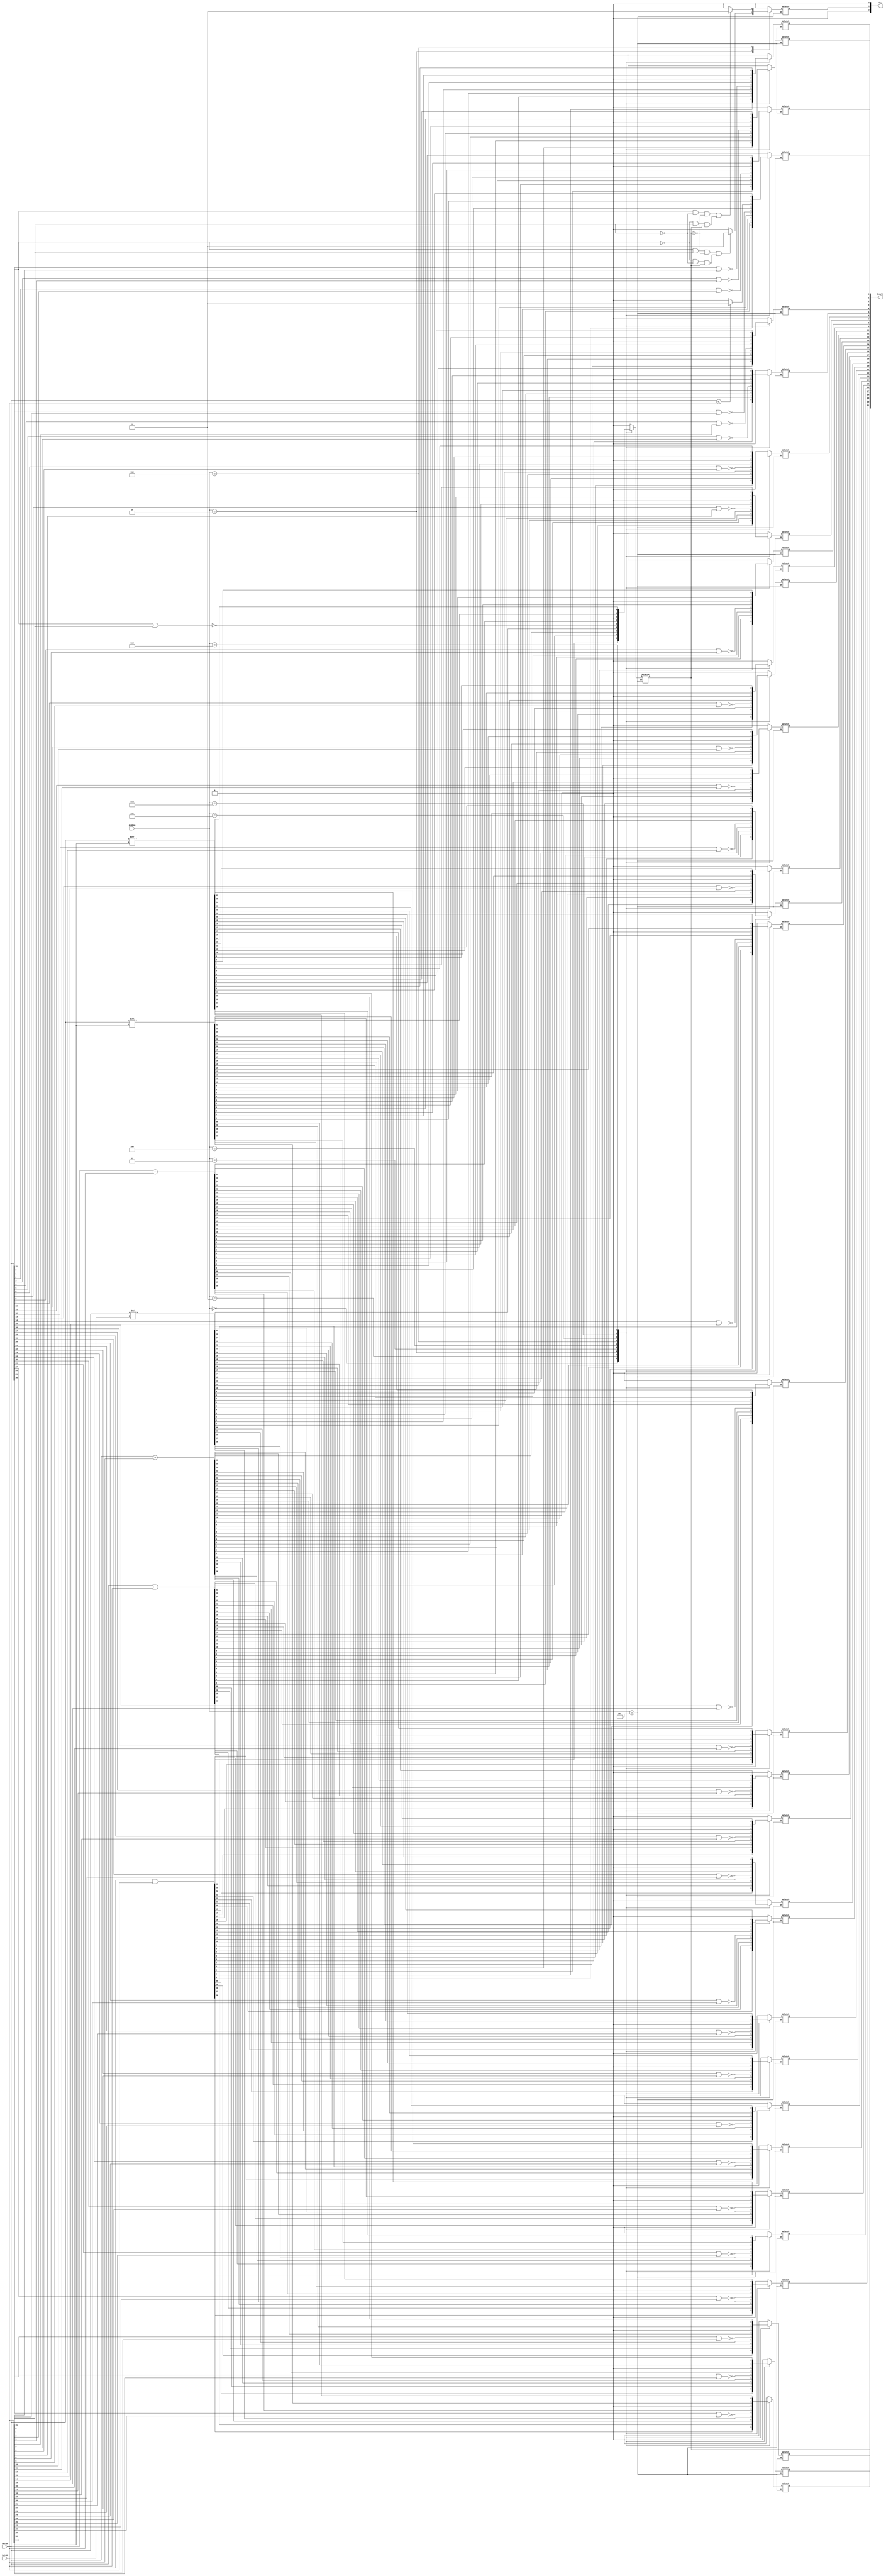
module ALU(ALUCon,DataA,DataB,Result,Flag);//Flag contains {Underflow, Overflow, div. by Zero}
    input [3:0] ALUCon;							// underflow yet to do
    input [31:0] DataA,DataB;
	 
	 parameter Flag_Width = 3;
	 output [Flag_Width-1:0] Flag ;
	 reg [Flag_Width-1:0] Flag ;
	 
    output [31:0] Result;
    
    reg [31:0] Result;
    reg Zero;
    
	 //assign result = Result;
    initial begin
        Result <= 32'd0;
		  Flag <= {Flag_Width{0}};
    end
    always@(ALUCon,DataA,DataB)
    begin 
      case(ALUCon)
          4'b0000://and
             Result <= DataA&DataB;
          
          4'b0001://or
             Result <= DataA|DataB;
        
          4'b0010://add
			 begin
             Result <= DataA+DataB;
//				 if ((DataA[31] == 1'b1 && DataB[31] == 1'b1 && Result[31] == 1'b0) || (DataA[31] == 1'b0 && DataB[31] == 1'b0 && Result[31] == 1'b1))//overflow
//						Flag[1]<=1'b1;//
			 end    
          4'b0011://multiply
			 begin
              Result <= DataA*DataB;
//				  if ((DataA[31] == 1'b1 && DataB[31] == 1'b1 && Result[31] == 1'b0) || (DataA[31] == 1'b0 && DataB[31] == 1'b0 && Result[31] == 1'b1))//overflow
//						Flag[1]<=1'b0;/////////////////
			 end	  
          4'b0100://nor
              begin
                 Result[0] <= !(DataA[0]|DataB[0]);
                 Result[1] <= !(DataA[1]|DataB[1]);
                 Result[2] <= !(DataA[2]|DataB[2]);
                 Result[3] <= !(DataA[3]|DataB[3]);
                 Result[4] <= !(DataA[4]|DataB[4]);
                 Result[5] <= !(DataA[5]|DataB[5]);
                 Result[6] <= !(DataA[6]|DataB[6]);
                 Result[7] <= !(DataA[7]|DataB[7]);
                 Result[8] <= !(DataA[8]|DataB[8]);
                 Result[9] <= !(DataA[9]|DataB[9]);
                 Result[10] <= !(DataA[10]|DataB[10]);
                 Result[11] <= !(DataA[11]|DataB[11]);
                 Result[12] <= !(DataA[12]|DataB[12]);
                 Result[13] <= !(DataA[13]|DataB[13]);
                 Result[14] <= !(DataA[14]|DataB[14]);
                 Result[15] <= !(DataA[15]|DataB[15]);
                 Result[16] <= !(DataA[16]|DataB[16]);
                 Result[17] <= !(DataA[17]|DataB[17]);
                 Result[18] <= !(DataA[18]|DataB[18]);
                 Result[19] <= !(DataA[19]|DataB[19]);
					  Result[20] <= !(DataA[20]|DataB[20]);
                 Result[21] <= !(DataA[21]|DataB[21]);
                 Result[22] <= !(DataA[22]|DataB[22]);
                 Result[23] <= !(DataA[23]|DataB[23]);
                 Result[24] <= !(DataA[24]|DataB[24]);
                 Result[25] <= !(DataA[25]|DataB[25]);
                 Result[26] <= !(DataA[26]|DataB[26]);
                 Result[27] <= !(DataA[27]|DataB[27]);
                 Result[28] <= !(DataA[28]|DataB[28]);
                 Result[29] <= !(DataA[29]|DataB[29]);
                 Result[30] <= !(DataA[30]|DataB[30]);
                 Result[31] <= !(DataA[31]|DataB[31]);
              end
              
			 4'b0101://divide
			 begin
//				 Result <= DataA/DataB;
//				 if(DataB == 32'd0)
//						Flag[0] <= 1'b1;
			 end
             
          4'b0110://sub
			 begin
             Result <= DataA-DataB;
//				 if ((DataA[31] == 1'b1 && DataB[31] == 1'b0 && Result[31] == 1'b0) || (DataA[31] == 1'b0 && DataB[31] == 1'b1 && Result[31] == 1'b1))//overflow
//						Flag[1]<=1'b1;//
			 end
			 
          4'b0111://slt
             Result <= DataA<DataB ? 1:0;
             
          4'b1000://sll
             Result <= (DataA<<DataB[5:0]);
             
          4'b1001://srl
             Result <= (DataA>>DataB[5:0]);    
          default: //error
          begin
              $display("ALUERROR");
              Result <= 0;
          end
          
      endcase
    end
	 
	//assign Flag = ()
	 always @ (Result)
	 begin
		case (ALUCon)
		    4'b0010://add
			 begin
				 if ((DataA[31] == 1'b1 && DataB[31] == 1'b1 && Result[31] == 1'b0) || (DataA[31] == 1'b0 && DataB[31] == 1'b0 && Result[31] == 1'b1))//overflow
						Flag[1]<=1'b1;//
				 else
						Flag <= 3'b000;
			 end

			 4'b0011://multiply
			 begin
				  if ((DataA[31] == 1'b1 && DataB[31] == 1'b1 && Result[31] == 1'b0) || (DataA[31] == 1'b0 && DataB[31] == 1'b0 && Result[31] == 1'b1))//overflow
						Flag[1]<=1'b0;/////////////////
				  else
						Flag <= 3'b000;
			 end
			 
			 4'b0101://divide
			 begin
//				 Result <= DataA/DataB;
//				 if(DataB == 32'd0)
//						Flag[0] <= 1'b1;
//				 else
//						Flag <= 3'b000;
			 end
			 
			 4'b0110://sub
			 begin
				 if ((DataA[31] == 1'b1 && DataB[31] == 1'b0 && Result[31] == 1'b0) || (DataA[31] == 1'b0 && DataB[31] == 1'b1 && Result[31] == 1'b1))//overflow
						Flag[1]<=1'b1;//
				 else
						Flag <= 3'b000;
			 end
			 
			 default:
			 begin
				 Flag <= 3'b000;
			 end
		endcase
	 end

endmodule